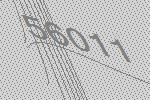
56011